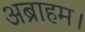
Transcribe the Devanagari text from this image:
अब्राहम।